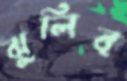
ঝুলিব